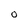
Character: O